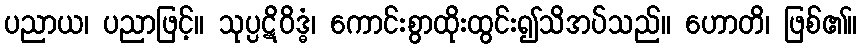
ပညာယ၊ ပညာဖြင့်။ သုပ္ပဋိဝိဒ္ဓံ၊ ကောင်းစွာထိုးထွင်း၍သိအပ်သည်။ ဟောတိ၊ ဖြစ်၏။